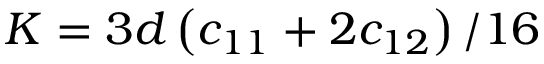
K = 3 d \left( c _ { 1 1 } + 2 c _ { 1 2 } \right) / 1 6